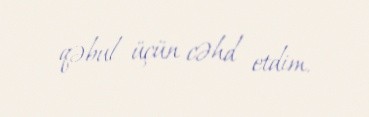
qəbul üçün cəhd etdim.